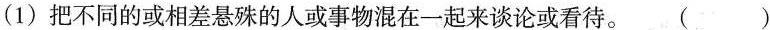
(1)把不同的或相差悬殊的人或事物混在一起来谈论或看待。 ()